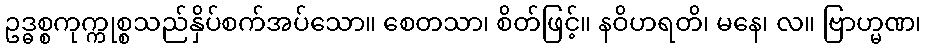
ဥဒ္ဓစ္စကုက္ကုစ္စသည်နှိပ်စက်အပ်သော။ စေတသာ၊ စိတ်ဖြင့်။ နဝိဟရတိ၊ မနေ၊ လ။ ဗြာဟ္မဏ၊